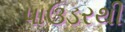
પાઉડરથી